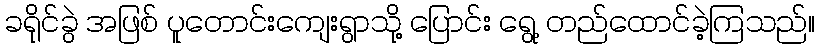
ခရိုင်ခွဲ အဖြစ် ပူတောင်းကျေးရွာသို့ ပြောင်း ရွေ့ တည်ထောင်ခဲ့ကြသည်။